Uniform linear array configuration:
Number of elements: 16
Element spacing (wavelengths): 0.75
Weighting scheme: hamming
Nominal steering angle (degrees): -60
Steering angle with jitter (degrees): -58.526
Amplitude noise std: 0.05
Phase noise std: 0.05

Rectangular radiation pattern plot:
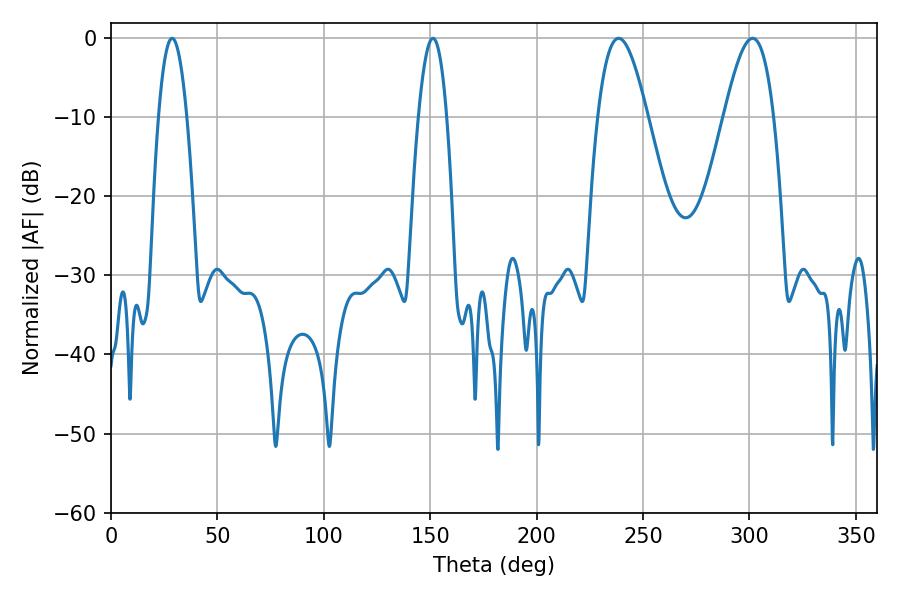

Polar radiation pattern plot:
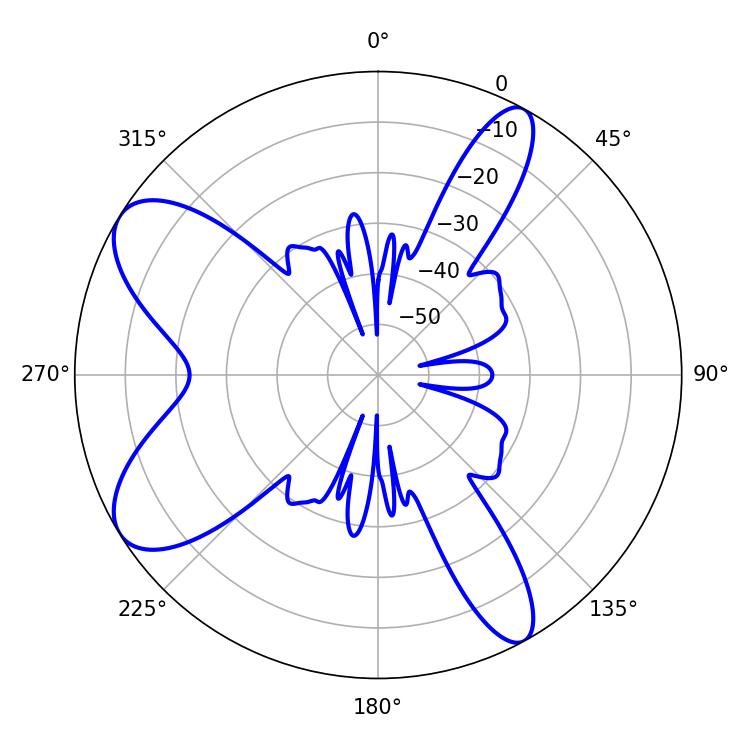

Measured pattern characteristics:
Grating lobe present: TRUE
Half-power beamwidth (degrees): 12.6
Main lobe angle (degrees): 301.5